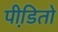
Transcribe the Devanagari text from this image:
पीडि़तो